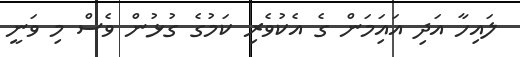
ލައިހާާ އަދި އައިަމަން ގެ އެކުވެރި ކަމުގެ ގުޅުން ވެސް މި ވަނީ